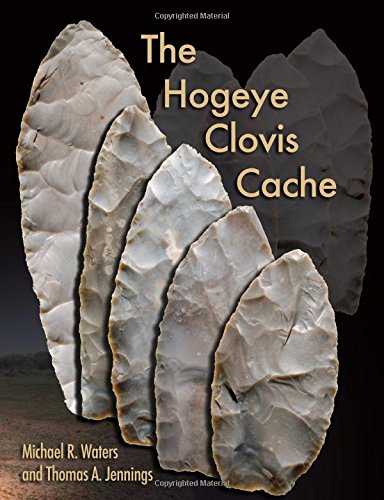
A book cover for The Hogeye Clovis Cache (Peopling of the Americas Publications); Michael R. Waters; Science & Math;